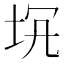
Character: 𡊬